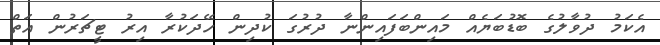
އެކަމު ދުވާލުގެ ބޮޑުބަޔެއް މައިންބަފައިންނާ ދުރުގަ ކުދިން ހޭދަކުރާ އިރު ޓީޗަރުން އަތް